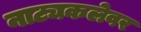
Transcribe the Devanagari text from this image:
नाट्यकलेवर